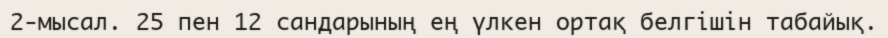
2-мысал. 25 пен 12 сандарының ең үлкен ортақ белгішін табайық.